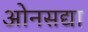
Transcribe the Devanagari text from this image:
ओनसद्या